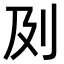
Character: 𠚵